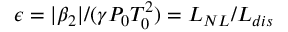
\epsilon = | \beta _ { 2 } | / ( \gamma P _ { 0 } T _ { 0 } ^ { 2 } ) = L _ { N L } / L _ { d i s }